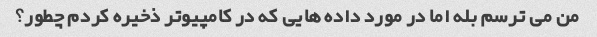
من می ترسم بله اما در مورد داده هایی که در کامپیوتر ذخیره کردم چطور؟